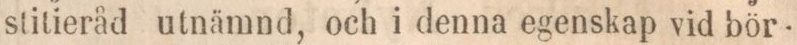
stitieråd utnämnd, och i denna egenskap vid bör